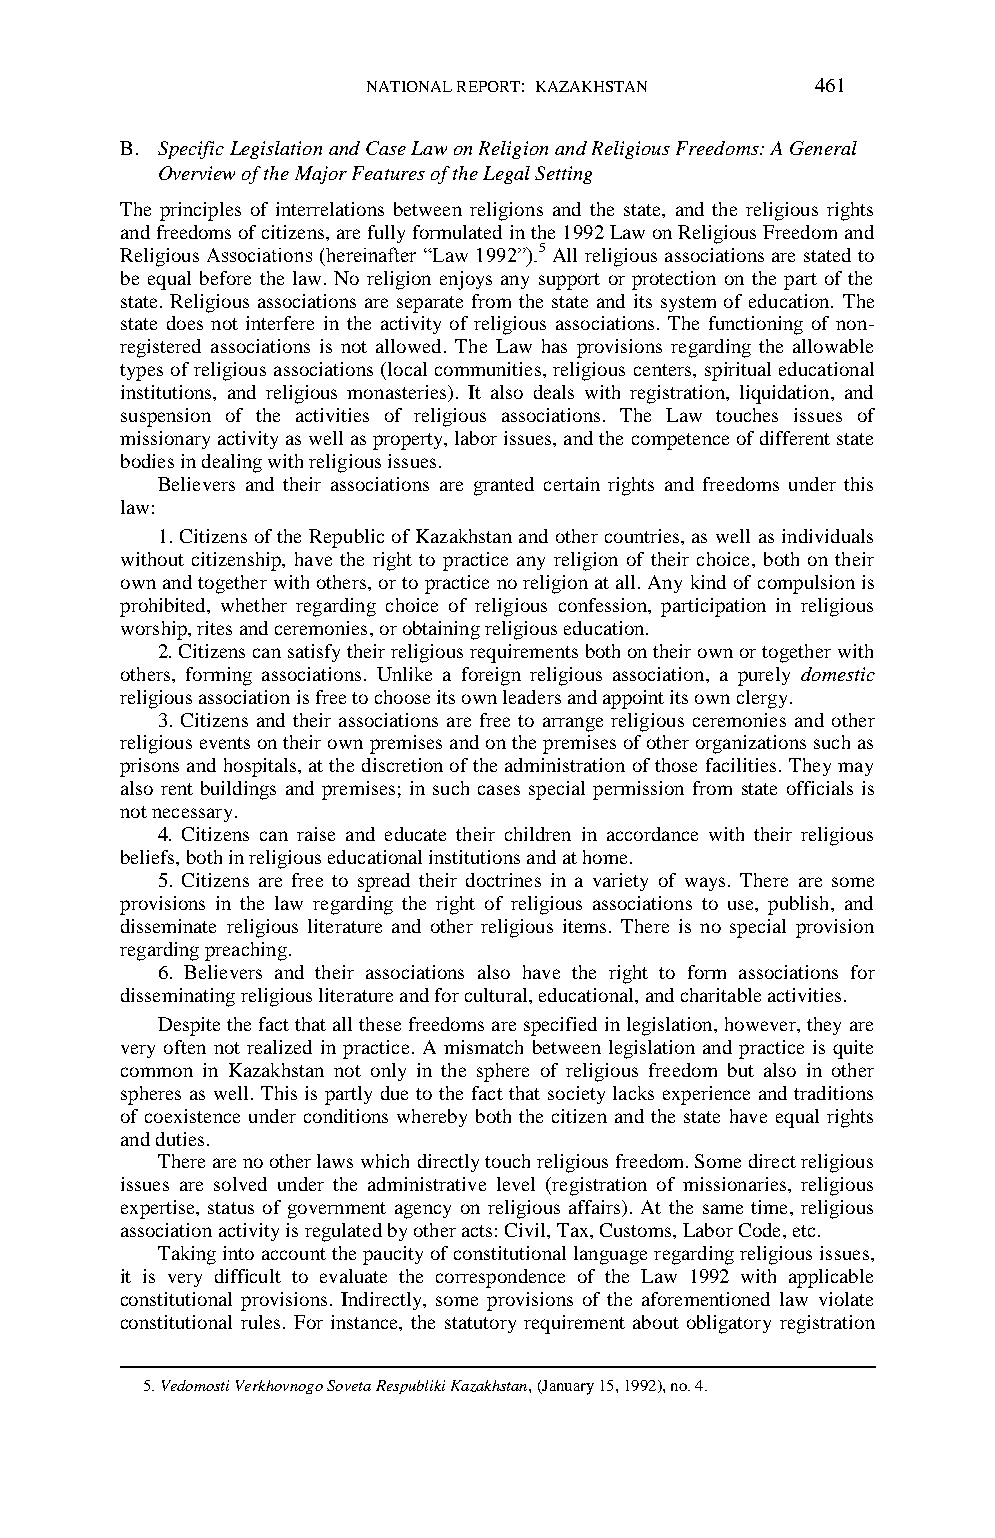
NATIONAL REPORT: KAZAKHSTAN   461
 B. Specific Legislation and Case Law on Religion and Religious Freedoms: A General
 Overview of the Major Features of the Legal Setting
 The principles of interrelations between religions and the state, and the religious rights
 and freedoms of citizens, are fully formulated in the 1992 Law on Religious Freedom and
 Religious Associations (hereinafter “Law 1992”).5 All religious associations are stated to
 be equal before the law. No religion enjoys any support or protection on the part of the
 state. Religious associations are separate from the state and its system of education. The
 state does not interfere in the activity of religious associations. The functioning of non-
 registered associations is not allowed. The Law has provisions regarding the allowable
 types of religious associations (local communities, religious centers, spiritual educational
 institutions, and religious monasteries). It also deals with registration, liquidation, and
 suspension of the activities of religious associations. The Law touches issues of
 missionary activity as well as property, labor issues, and the competence of different state
 bodies in dealing with religious issues.
 Believers and their associations are granted certain rights and freedoms under this
 law:
 1. Citizens of the Republic of Kazakhstan and other countries, as well as individuals
 without citizenship, have the right to practice any religion of their choice, both on their
 own and together with others, or to practice no religion at all. Any kind of compulsion is
 prohibited, whether regarding choice of religious confession, participation in religious
 worship, rites and ceremonies, or obtaining religious education.
 2. Citizens can satisfy their religious requirements both on their own or together with
 others, forming associations. Unlike a foreign religious association, a purely domestic
 religious association is free to choose its own leaders and appoint its own clergy.
 3. Citizens and their associations are free to arrange religious ceremonies and other
 religious events on their own premises and on the premises of other organizations such as
 prisons and hospitals, at the discretion of the administration of those facilities. They may
 also rent buildings and premises; in such cases special permission from state officials is
 not necessary.
 4. Citizens can raise and educate their children in accordance with their religious
 beliefs, both in religious educational institutions and at home.
 5. Citizens are free to spread their doctrines in a variety of ways. There are some
 provisions in the law regarding the right of religious associations to use, publish, and
 disseminate religious literature and other religious items. There is no special provision
 regarding preaching.
 6. Believers and their associations also have the right to form associations for
 disseminating religious literature and for cultural, educational, and charitable activities.
 Despite the fact that all these freedoms are specified in legislation, however, they are
 very often not realized in practice. A mismatch between legislation and practice is quite
 common in Kazakhstan not only in the sphere of religious freedom but also in other
 spheres as well. This is partly due to the fact that society lacks experience and traditions
 of coexistence under conditions whereby both the citizen and the state have equal rights
 and duties.
 There are no other laws which directly touch religious freedom. Some direct religious
 issues are solved under the administrative level (registration of missionaries, religious
 expertise, status of government agency on religious affairs). At the same time, religious
 association activity is regulated by other acts: Civil, Tax, Customs, Labor Code, etc.
 Taking into account the paucity of constitutional language regarding religious issues,
 it is very difficult to evaluate the correspondence of the Law 1992 with applicable
 constitutional provisions. Indirectly, some provisions of the aforementioned law violate
 constitutional rules. For instance, the statutory requirement about obligatory registration
 5. Vedomosti Verkhovnogo Soveta Respubliki Kazakhstan, (January 15, 1992), no. 4.